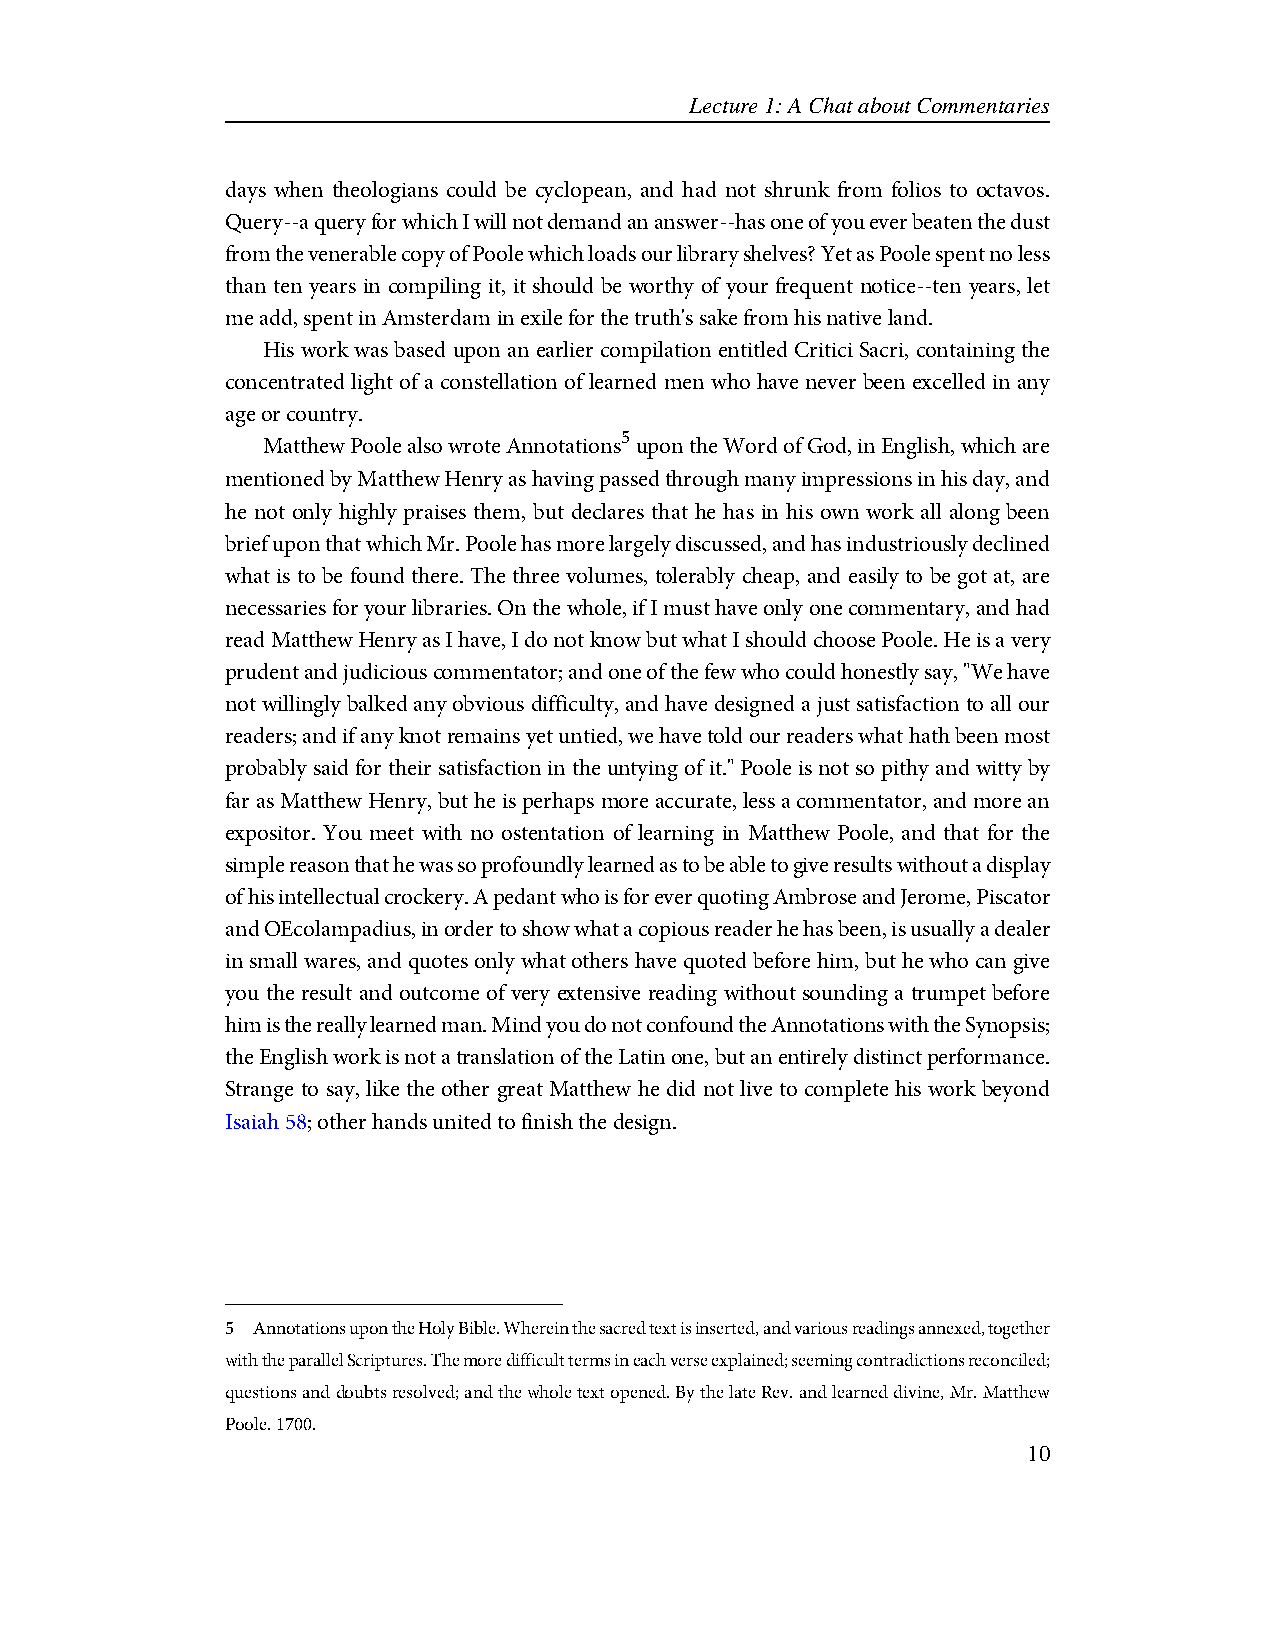
Lecture 1: A Chat about Commentaries
 days when theologians could be cyclopean, and had not shrunk from folios to octavos.
 Query--a query for which I will not demand an answer--has one of you ever beaten the dust
 from the venerable copy of Poole which loads our library shelves? Yet as Poole spent no less
 than ten years in compiling it, it should be worthy of your frequent notice--ten years, let
 me add, spent in Amsterdam in exile for the truth's sake from his native land.
 His work was based upon an earlier compilation entitled Critici Sacri, containing the
 concentrated light of a constellation of learned men who have never been excelled in any
 age or country.
 5
 Matthew Poole also wrote Annotations upon the Word of God, in English, which are
 mentioned by Matthew Henry as having passed through many impressions in his day, and
 he not only highly praises them, but declares that he has in his own work all along been
 brief upon that which Mr. Poole has more largely discussed, and has industriously declined
 what is to be found there. The three volumes, tolerably cheap, and easily to be got at, are
 necessaries for your libraries. On the whole, if I must have only one commentary, and had
 read Matthew Henry as I have, I do not know but what I should choose Poole. He is a very
 prudent and judicious commentator; and one of the few who could honestly say, "We have
 not willingly balked any obvious difficulty, and have designed a just satisfaction to all our
 readers; and if any knot remains yet untied, we have told our readers what hath been most
 probably said for their satisfaction in the untying of it." Poole is not so pithy and witty by
 far as Matthew Henry, but he is perhaps more accurate, less a commentator, and more an
 expositor. You meet with no ostentation of learning in Matthew Poole, and that for the
 simple reason that he was so profoundly learned as to be able to give results without a display
 of his intellectual crockery. A pedant who is for ever quoting Ambrose and Jerome, Piscator
 and OEcolampadius, in order to show what a copious reader he has been, is usually a dealer
 in small wares, and quotes only what others have quoted before him, but he who can give
 you the result and outcome of very extensive reading without sounding a trumpet before
 him is the really learned man. Mind you do not confound the Annotations with the Synopsis;
 the English work is not a translation of the Latin one, but an entirely distinct performance.
 Strange to say, like the other great Matthew he did not live to complete his work beyond
 Isaiah 58; other hands united to finish the design.
 5 Annotations upon the Holy Bible. Wherein the sacred text is inserted, and various readings annexed, together
 with the parallel Scriptures. The more difficult terms in each verse explained; seeming contradictions reconciled;
 questions and doubts resolved; and the whole text opened. By the late Rev. and learned divine, Mr. Matthew
 Poole. 1700.
 10